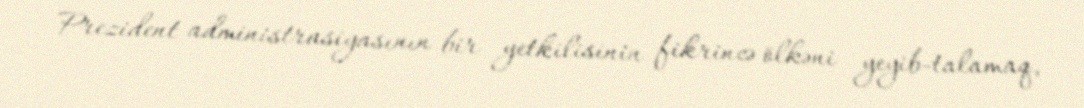
Prezident administrasiyasının bir yetkilisinin fikrincə ölkəni yeyib-talamaq,